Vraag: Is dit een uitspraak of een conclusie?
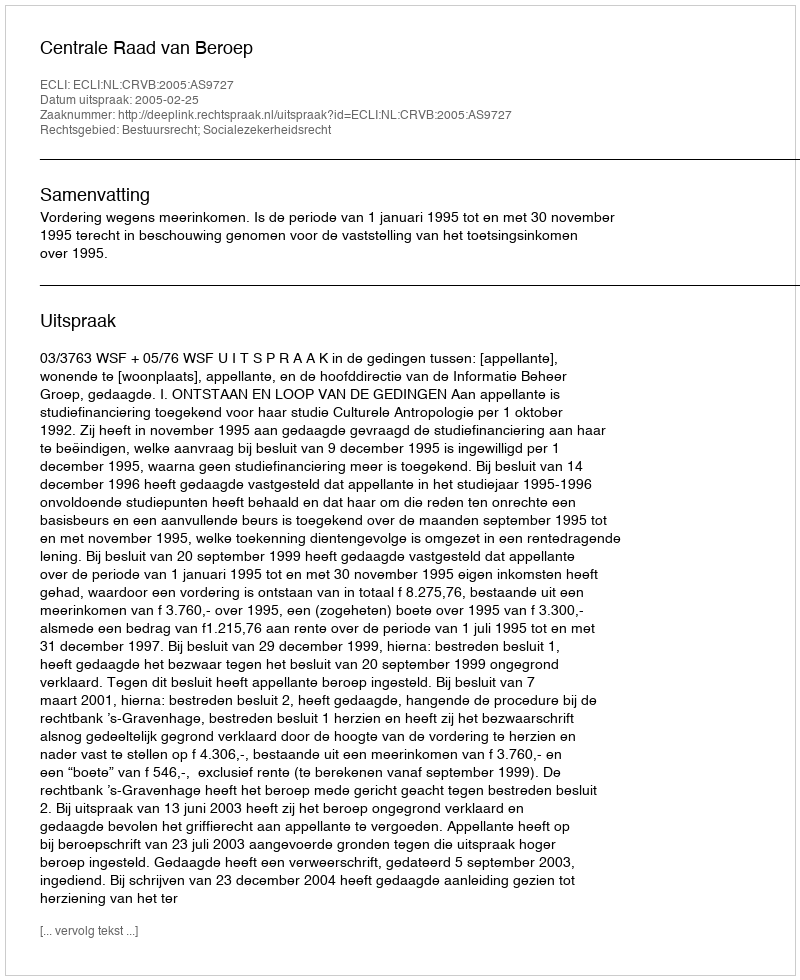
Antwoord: Uitspraak